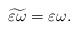
LaTeX: \begin{align*}\widetilde{\varepsilon\omega}=\varepsilon\omega.\end{align*}